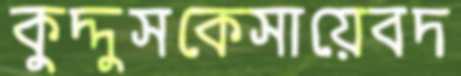
কুদ্দুসকেসায়েবদ